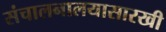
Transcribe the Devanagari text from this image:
संचालनालयासारखी